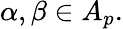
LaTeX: \alpha,\beta\in A_{p}.